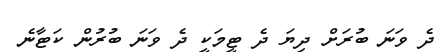
ދެ ވަނަ ބުރަށް ދިޔަ ދެ ޓީމަކީ ދެ ވަނަ ބުރުން ކަޓާނެ